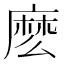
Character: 麽